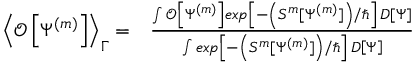
\begin{array} { r l } { \left< \mathcal O \left[ \Psi ^ { ( m ) } \right] \right> _ { \Gamma } = } & { \frac { \int \mathcal O \left[ \Psi ^ { ( m ) } \right] e x p \left[ - \left( S ^ { m } [ \Psi ^ { ( m ) } ] \right) / \hbar \right] \, D \left[ \Psi \right] } { \int e x p \left[ - \left( S ^ { m } [ \Psi ^ { ( m ) } ] \right) / \hbar \right] \, D \left[ \Psi \right] } } \end{array}